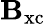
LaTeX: \boldsymbol{\mathbf{B}}_{\mathrm{{xc}}}